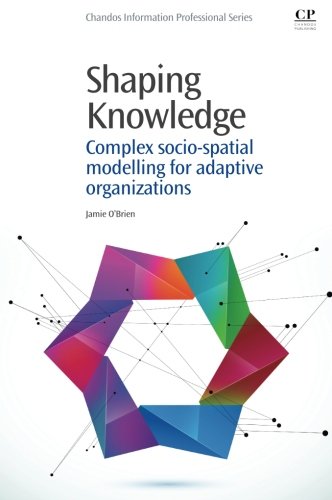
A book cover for Shaping Knowledge: Complex Socio-Spatial Modelling for Adaptive Organizations (Chandos Information Professional Series); Jamie O'Brien; Business & Money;